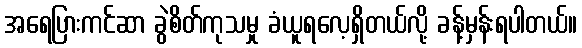
အရေပြားကင်ဆာ ခွဲစိတ်ကုသမှု ခံယူရလေ့ရှိတယ်လို့ ခန့်မှန်းရပါတယ်။